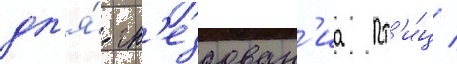
дл'я́ гн'ездован'иа пт'и́ц /